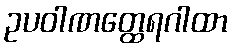
ဥပဝါဏတ္ထေရဂါထာ